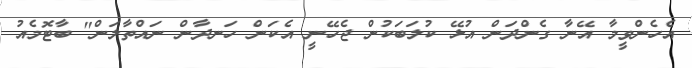
އެހެންވީމާ އޭނާ ގެންދަން އުޅޭ ކުލަބަކުން ޖެހޭނީ އެކަން ހަނދާން ނައްތާލަން" ބާޓޮމެއު